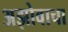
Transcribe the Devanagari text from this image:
अझोवाचा